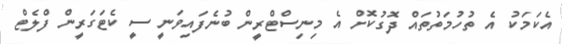
އެކަމަކު އެ ތުހުމަތުތައް ދޮގުކޮށް އެ މިނިސްޓްރީން ބުނެފައިވަނީ ސީ ކެޓަގަރީން ފްލެޓް